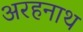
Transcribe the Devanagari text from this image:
अरहनाथ